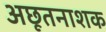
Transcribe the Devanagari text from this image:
अछूतनाशक